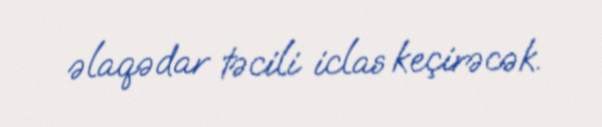
əlaqədar təcili iclas keçirəcək.